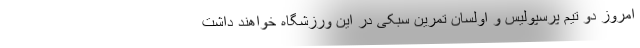
امروز دو تیم پرسپولیس و اولسان تمرین سبکی در این ورزشگاه خواهند داشت